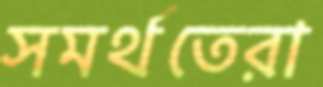
সমর্থতেরা